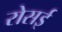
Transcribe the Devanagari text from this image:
रोसई